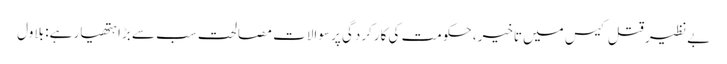
بے نظیر قتل کیس میں تاخیر، حکومت کی کارکردگی پر سوالات مصالحت سب سے بڑا ہتھیار ہے: بلاول